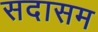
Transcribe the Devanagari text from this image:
सदासम